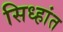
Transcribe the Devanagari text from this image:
सिध्हांत